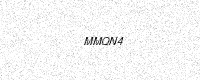
Text: MMQN4